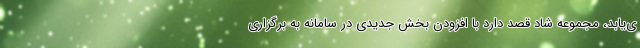
ی‌یابد، مجموعه شاد قصد دارد با افزودن بخش جدیدی در سامانه به برگزاری